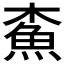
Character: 𩵴